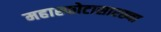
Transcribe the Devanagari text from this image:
महास्फोटासारख्या